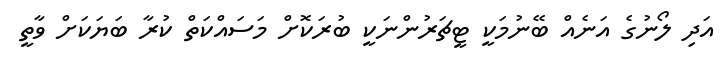
އަދި ލޯނުގެ އަނެއް ބޭނުމަކީ ޓީޗަރުންނަކީ ބުރަކޮށް މަސައްކަތް ކުރާ ބަޔަކަށް ވާތީ